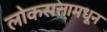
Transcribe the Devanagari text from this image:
लोकसत्तामधून